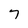
Character: 7